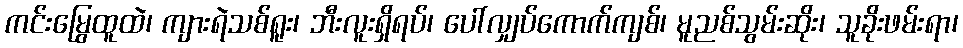
ကင်းမြွေထူထဲ၊ ကျားရဲသစ်ရူး၊ ဘီးလူးရှိရပ်၊ ပေါ်လျှပ်ကောက်ကျစ်၊ မူညစ်သွမ်းဆိုး၊ သူခိုးဖမ်းရာ၊